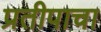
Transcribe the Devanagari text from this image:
प्रतीपाचा